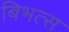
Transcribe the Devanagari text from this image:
बिभत्स